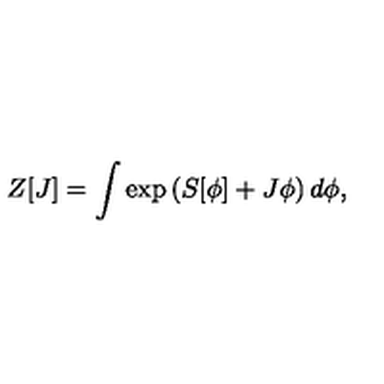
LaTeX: Z [ J ] = \int \exp \left( S [ \phi ] + J \phi \right) d \phi ,